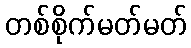
တစ်စိုက်မတ်မတ်